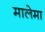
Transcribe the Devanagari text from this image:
मालेमा